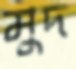
মুদ